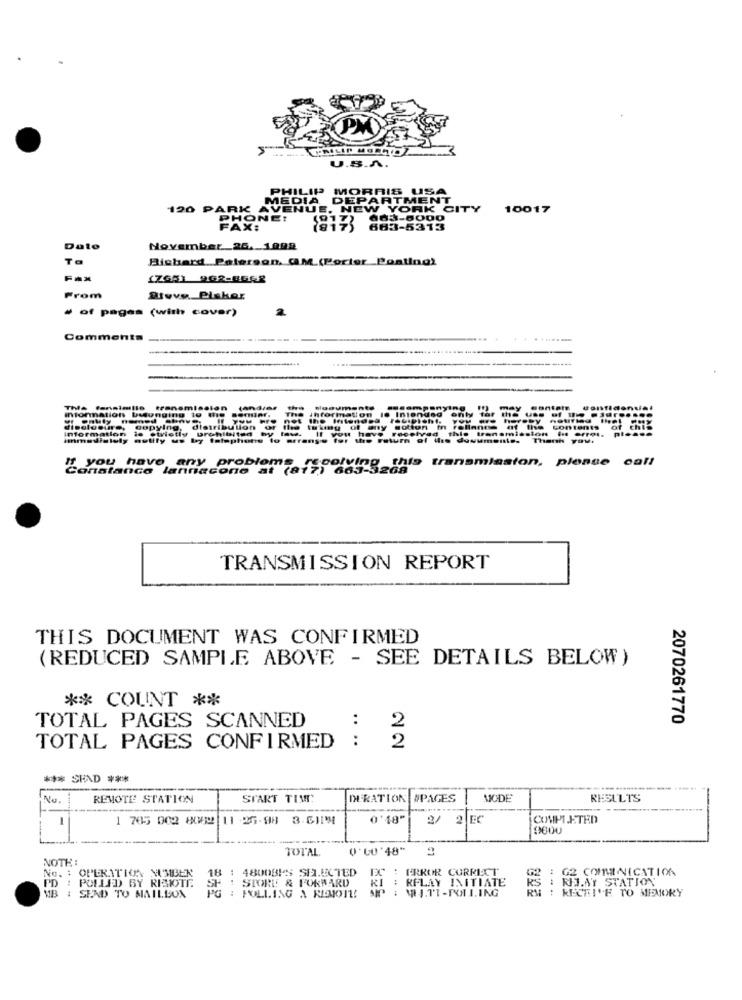
U.S.A.
PHILIP MOF
118 US
MEDIA DEP
ARTMENT
120 PARK AVENUE, NEW
IK CITY
10017
PHONE!
FAX:
663-5313
Date
November_26. 1988
Ta
Richard Paterson. CM.(Porter Posting)
(765) 962-8668
From
Divvy Piskor
» of pages (with cover)
Comments
.....
This ferinimille transmission
Information buonging to Big
(andrer
Information is Strictly prohibited
disclosure,
copying, distribution
muttly us by Isiphone le arrange for
dovumente. Thank you.
you have any problems
Constance lannacone at (a+$Poly
this transmission, please call
TRANSMISSION REPORT
THIS DOCUMENT WAS CONFIRMED
(REDUCED SAMPLE ABOVE - SEE DETAILS BELOW)
** COUNT **
2070261770
TOTAL PAGES SCANNED
2
....
2
TOTAL PAGES CONFIRMED
*** SPAD ***
No.
REMOTE STATION
START TIME:
DERATION #PAGES
MODE
RESULTS
----
-
1 705 002 8082 11 25-98 3.6114
0'18"
2
EC
COMPLETED
9600
TOTAL
0'GO'48"
NOTH:
18 : 48008KS SELECTED
EX : ERROR CORRECT
: 02 COMMUNICATION
No. : OPERATION MMBEN
PD : POLLED BY RISIOTE
STORE & FORWARD
RIJAY STATION
PG : PULLING A RIENJOTE SIP : \HJ.TI-POLLING
RI : RELAY INITIATE
KS:
RECEIVE TO MEMORY
MB : SEND TO MAILBOX